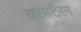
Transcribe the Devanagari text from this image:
कोमेटैरम